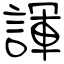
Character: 諢